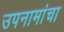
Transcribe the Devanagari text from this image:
उपनामांचा